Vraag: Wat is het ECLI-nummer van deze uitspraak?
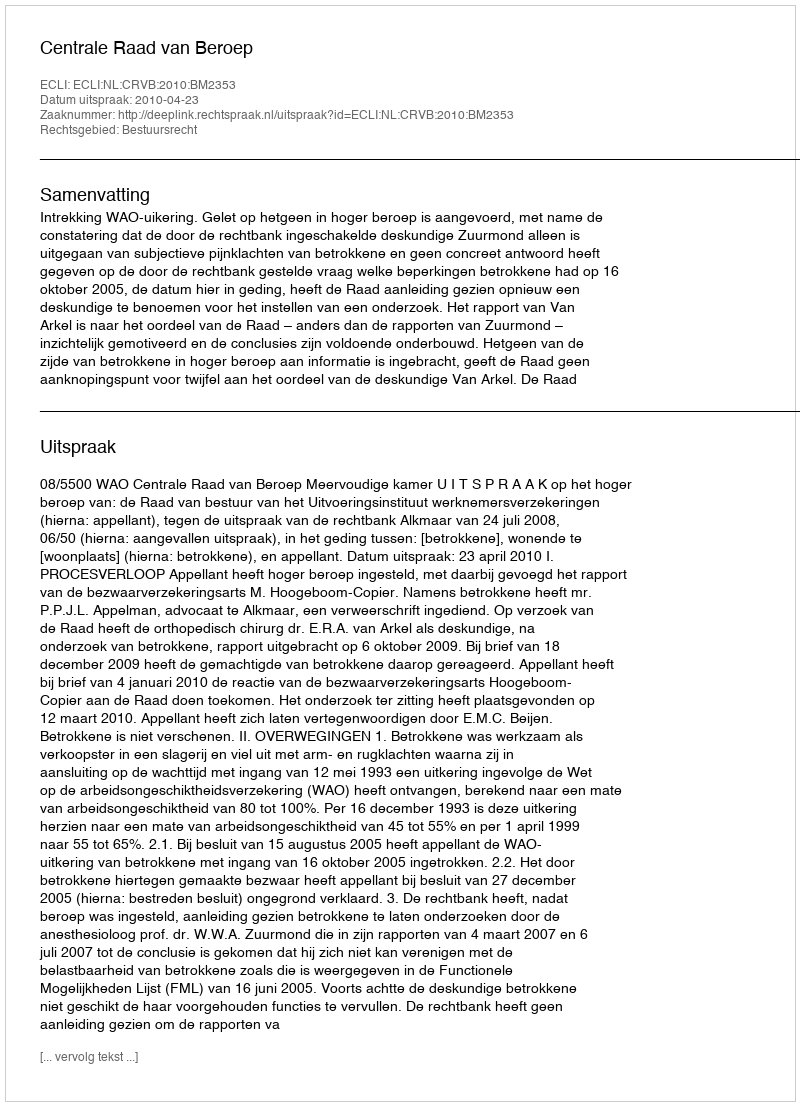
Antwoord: ECLI:NL:CRVB:2010:BM2353